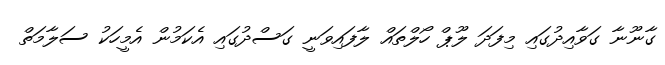
ގާނޫނާ ގަވާއިދުގައި މިފަދަ ލޫޕް ހޯލްތައް ލާފައިވަނީ ގަސްދުގައި އެކަމުން އެމީހަކު ސަލާމަތް